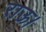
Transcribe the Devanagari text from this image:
राऊ।